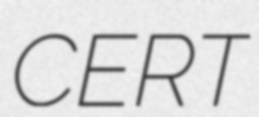
CERT